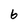
Character: 6